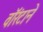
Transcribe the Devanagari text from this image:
वॉरंटाने